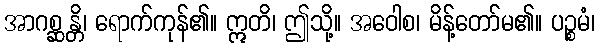
အာဂစ္ဆန္တိ၊ ရောက်ကုန်၏။ ဣတိ၊ ဤသို့။ အဝေါစ၊ မိန့်တော်မ၏။ ပဉ္စမံ၊